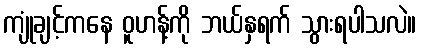
ကျုံချင့်ကနေ ဝူဟန့်ကို ဘယ်နှရက် သွားရပါသလဲ။